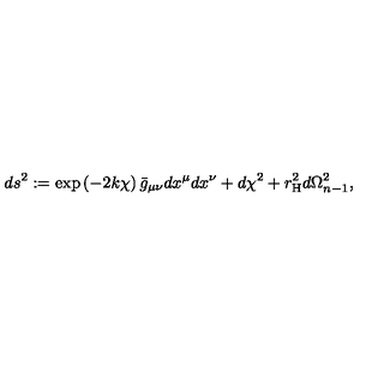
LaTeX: d s ^ { 2 } : = \exp \left( - 2 k \chi \right) \bar { g } _ { \mu \nu } d x ^ { \mu } d x ^ { \nu } + d \chi ^ { 2 } + r _ { \mathrm { H } } ^ { 2 } d \Omega _ { n - 1 } ^ { 2 } ,